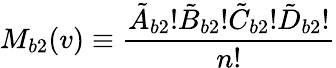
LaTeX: M_{b2}(v)\equiv\frac{\tilde{A}_{b2}!\tilde{B}_{b2}!\tilde{C}_{b2}!\tilde{D}_{b2}!}{n!}